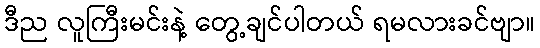
ဒီည လူကြီးမင်းနဲ့ တွေ့ချင်ပါတယ် ရမလားခင်ဗျာ။